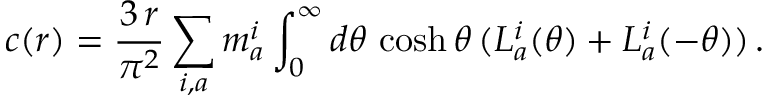
c ( r ) = \frac { 3 \, r } { \pi ^ { 2 } } \sum _ { i , a } m _ { a } ^ { i } \int _ { 0 } ^ { \infty } d \theta \, \cosh \theta \, ( L _ { a } ^ { i } ( \theta ) + L _ { a } ^ { i } ( - \theta ) ) \, .